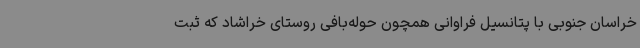
خراسان جنوبی با پتانسیل فراوانی همچون حوله‌بافی روستای خراشاد که ثبت